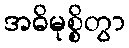
အဓိမုစ္စိတွာ